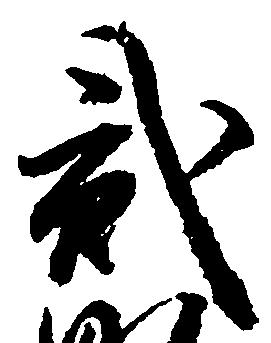
弐